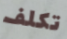
تكلف